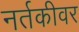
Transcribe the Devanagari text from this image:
नर्तकीवर